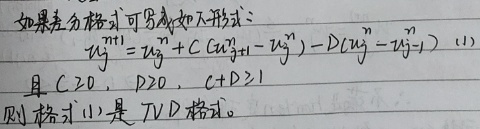
如果差分格式可写成如下形式：
\[u_{j}^{n + 1}=u_{j}^{n}+C(u_{j + 1}^{n}-u_{j}^{n})-D(u_{j}^{n}-u_{j - 1}^{n})\quad(1)\]
且 \(C\geq0\)，\(D\geq0\)，\(C + D\leq1\)，则格式\((1)\)是 \(TVD\) 格式。